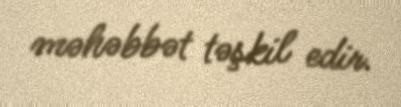
məhəbbət təşkil edir.